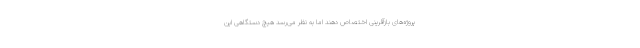
پروژه‌های بازآفرینی اختصاص دهند اما به نظر می‌رسد هیچ دستگاهی این